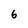
Character: 6